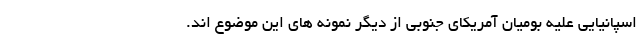
اسپانیایی علیه بومیان آمریکای جنوبی از دیگر نمونه های این موضوع اند.